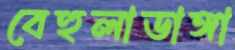
বেহুলাডাঙ্গা